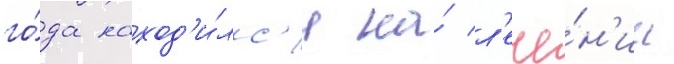
го́да наход'и́лс'я на́ л'ече́н'ии